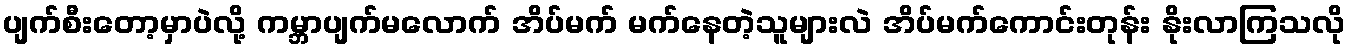
ပျက်စီးတော့မှာပဲလို့ ကမ္ဘာပျက်မလောက် အိပ်မက် မက်နေတဲ့သူများလဲ အိပ်မက်ကောင်းတုန်း နိုးလာကြသလို